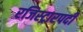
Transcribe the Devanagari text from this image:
रजिस्ट्रारपदी